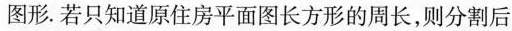
图形.若只知道原住房平面图长方形的周长，则分割后